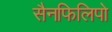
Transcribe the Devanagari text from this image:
सैनफिलिपो